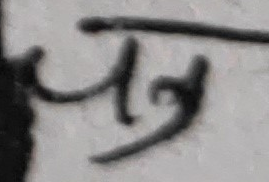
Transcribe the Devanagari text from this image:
लय